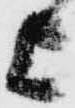
上